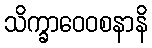
သိက္ခာဝေဝစနာနိ